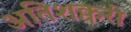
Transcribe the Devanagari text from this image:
अतिशक्वरी